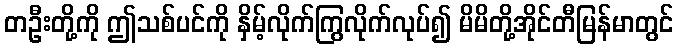
တဦးတို့ကို ဤသစ်ပင်ကို နှိမ့်လိုက်ကြွလိုက်လုပ်၍ မိမိတို့အိုင်တီမြန်မာတွင်